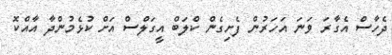
ދެހާސް އެގާރަ ވަނަ އަހަރުން ފެށިގެން ކްލަބް އީގަލްސް އަށް ކުޅެމުންދާ އާއްކޮ